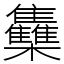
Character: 雧